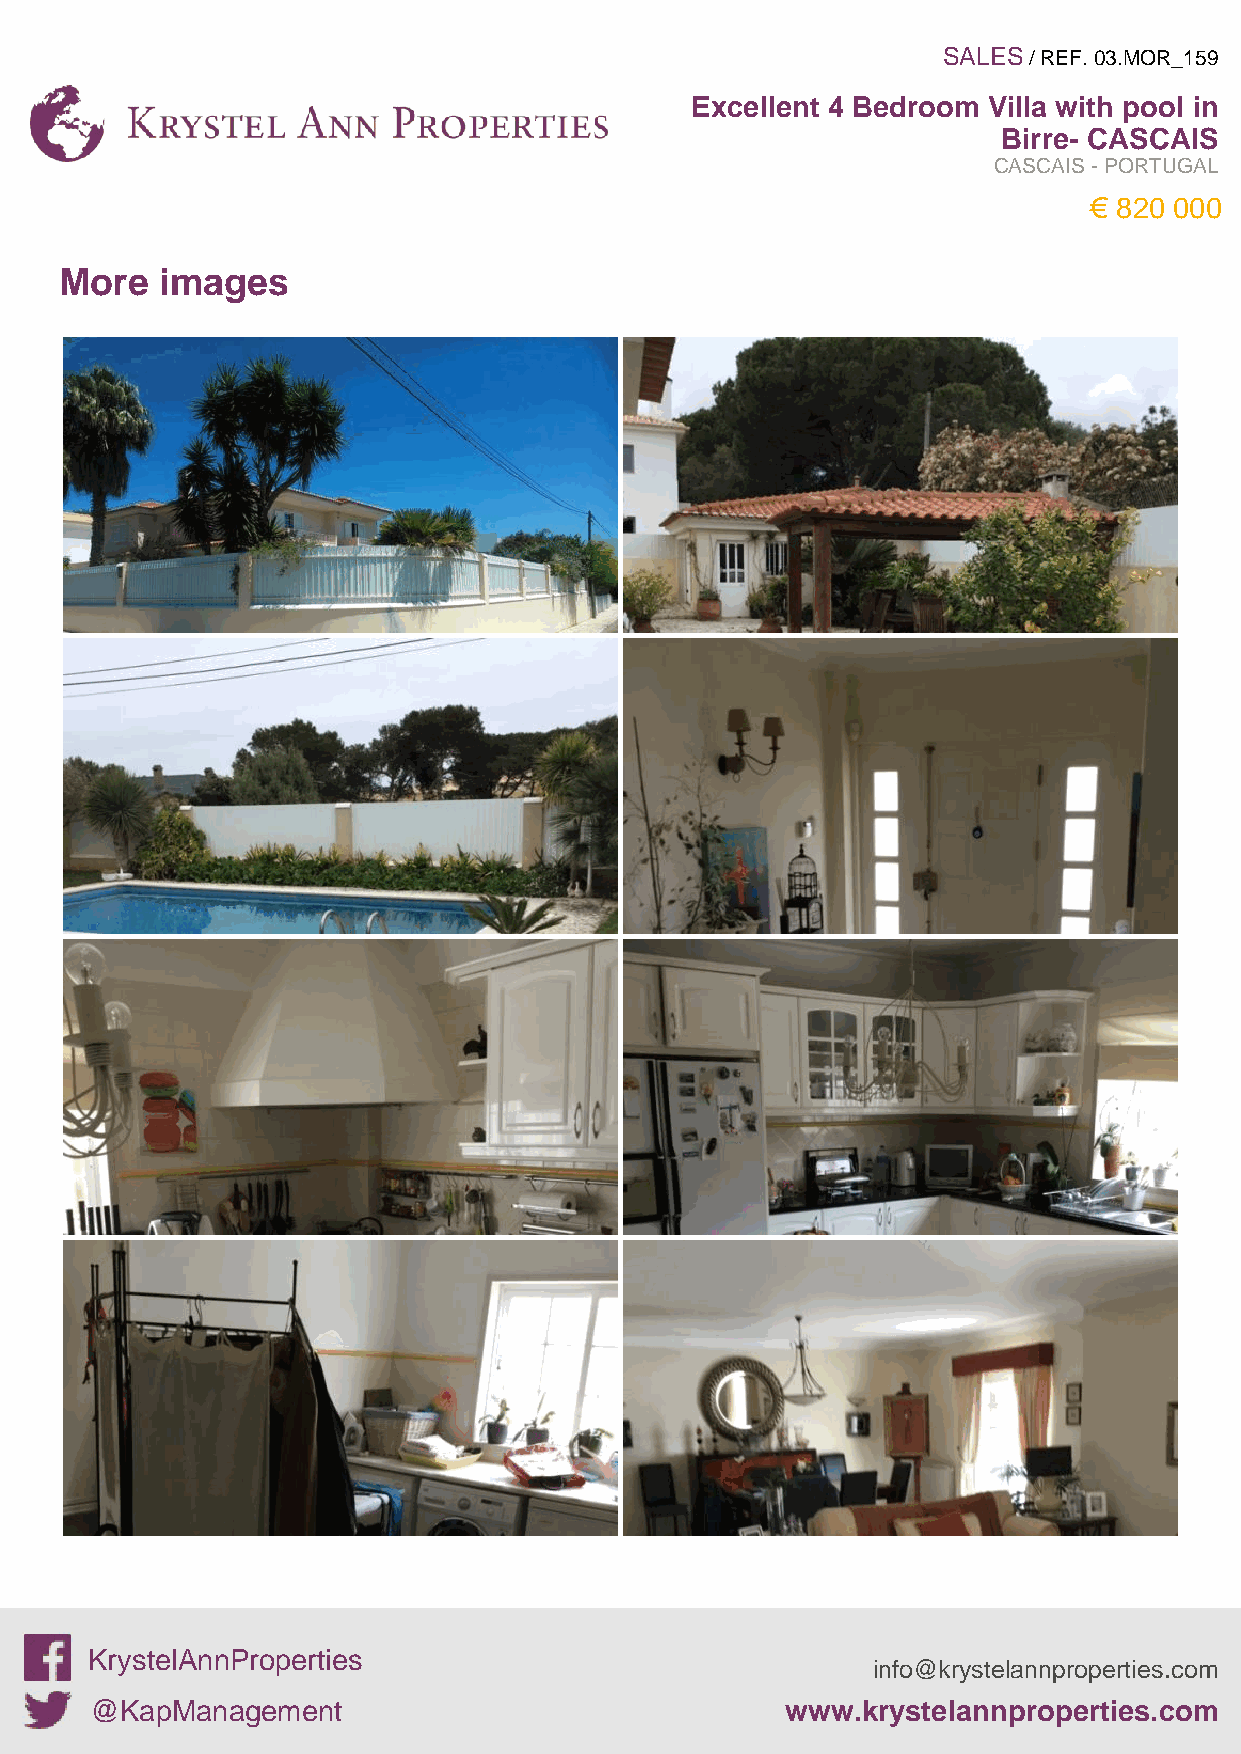
SALES / REF. 03.MOR_159
 Excellent 4 Bedroom Villa with pool in
 Birre- CASCAIS
 CASCAIS - PORTUGAL
 € 820 000
 More   images
 KrystelAnnProperties
 info@krystelannproperties.com
 @KapManagement                                www.krystelannproperties.com